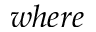
w h e r e